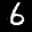
Label: 6